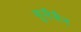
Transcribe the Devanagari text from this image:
सुलैवैन